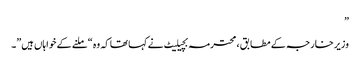
”
وزیر خارجہ کے مطابق ، محترمہ بچیلیٹ نے کہا تھا کہ وہ “ملنے کے خواہاں ہیں”۔